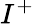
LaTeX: I^{+}